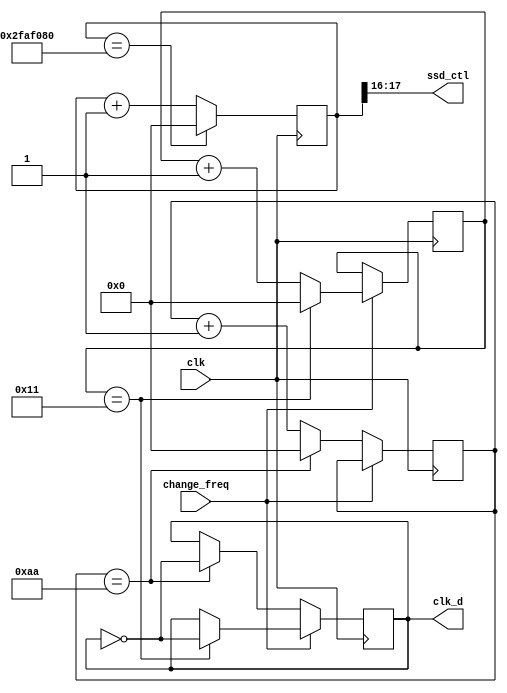
`timescale 1ns / 1ps


module freq_div(
     clk,
     clk_d,
     change_freq,
     ssd_ctl
    );
    input  clk;
    output reg clk_d;
    input change_freq;
    output [1:0] ssd_ctl;
    reg [26:0] cnt;
    reg [26:0] cnt_ssd;
    reg [26:0] cnt_month;
    
    initial 
    begin
        cnt = 27'b0;
      //  cnt_500K = 27'b0;
        clk_d = 1'b0;
       // clk_100 = 1'b0;
    end
    
    assign ssd_ctl = cnt_ssd[17:16];
    
    always@( posedge clk  ) 
    begin
       if ( cnt_ssd == 50_000_000 ) begin
            cnt_ssd <= 27'b0;
           // clk_ssd <= ~clk_ssd;
            end
        else
            cnt_ssd <= cnt_ssd + 1'b1;
    end
        
    always@( posedge clk  ) 
    if(change_freq)
    begin
        if( cnt_month == 17 ) //1 month
        begin
            cnt_month <= 27'b0;
            clk_d <= ~clk_d;
        end
        else
            cnt_month <= cnt_month + 1'b1;
    end
    else    
    begin //1000*4*25Hz=1 day
        if ( cnt == 170 ) begin //50000/(4*25)=500 => 1 day
            cnt <= 27'b0;
            clk_d <= ~clk_d;
            end
        else
            cnt <= cnt + 1;
    end
    
endmodule